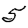
Digit: 5